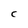
Character: C